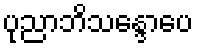
ပုညာဘိသန္ဒောပေ